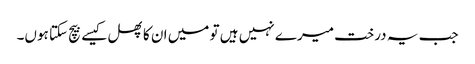
جب یہ درخت میرے نہیں ہیں تو میں ان کا پھل کیسے بیچ سکتا ہوں۔